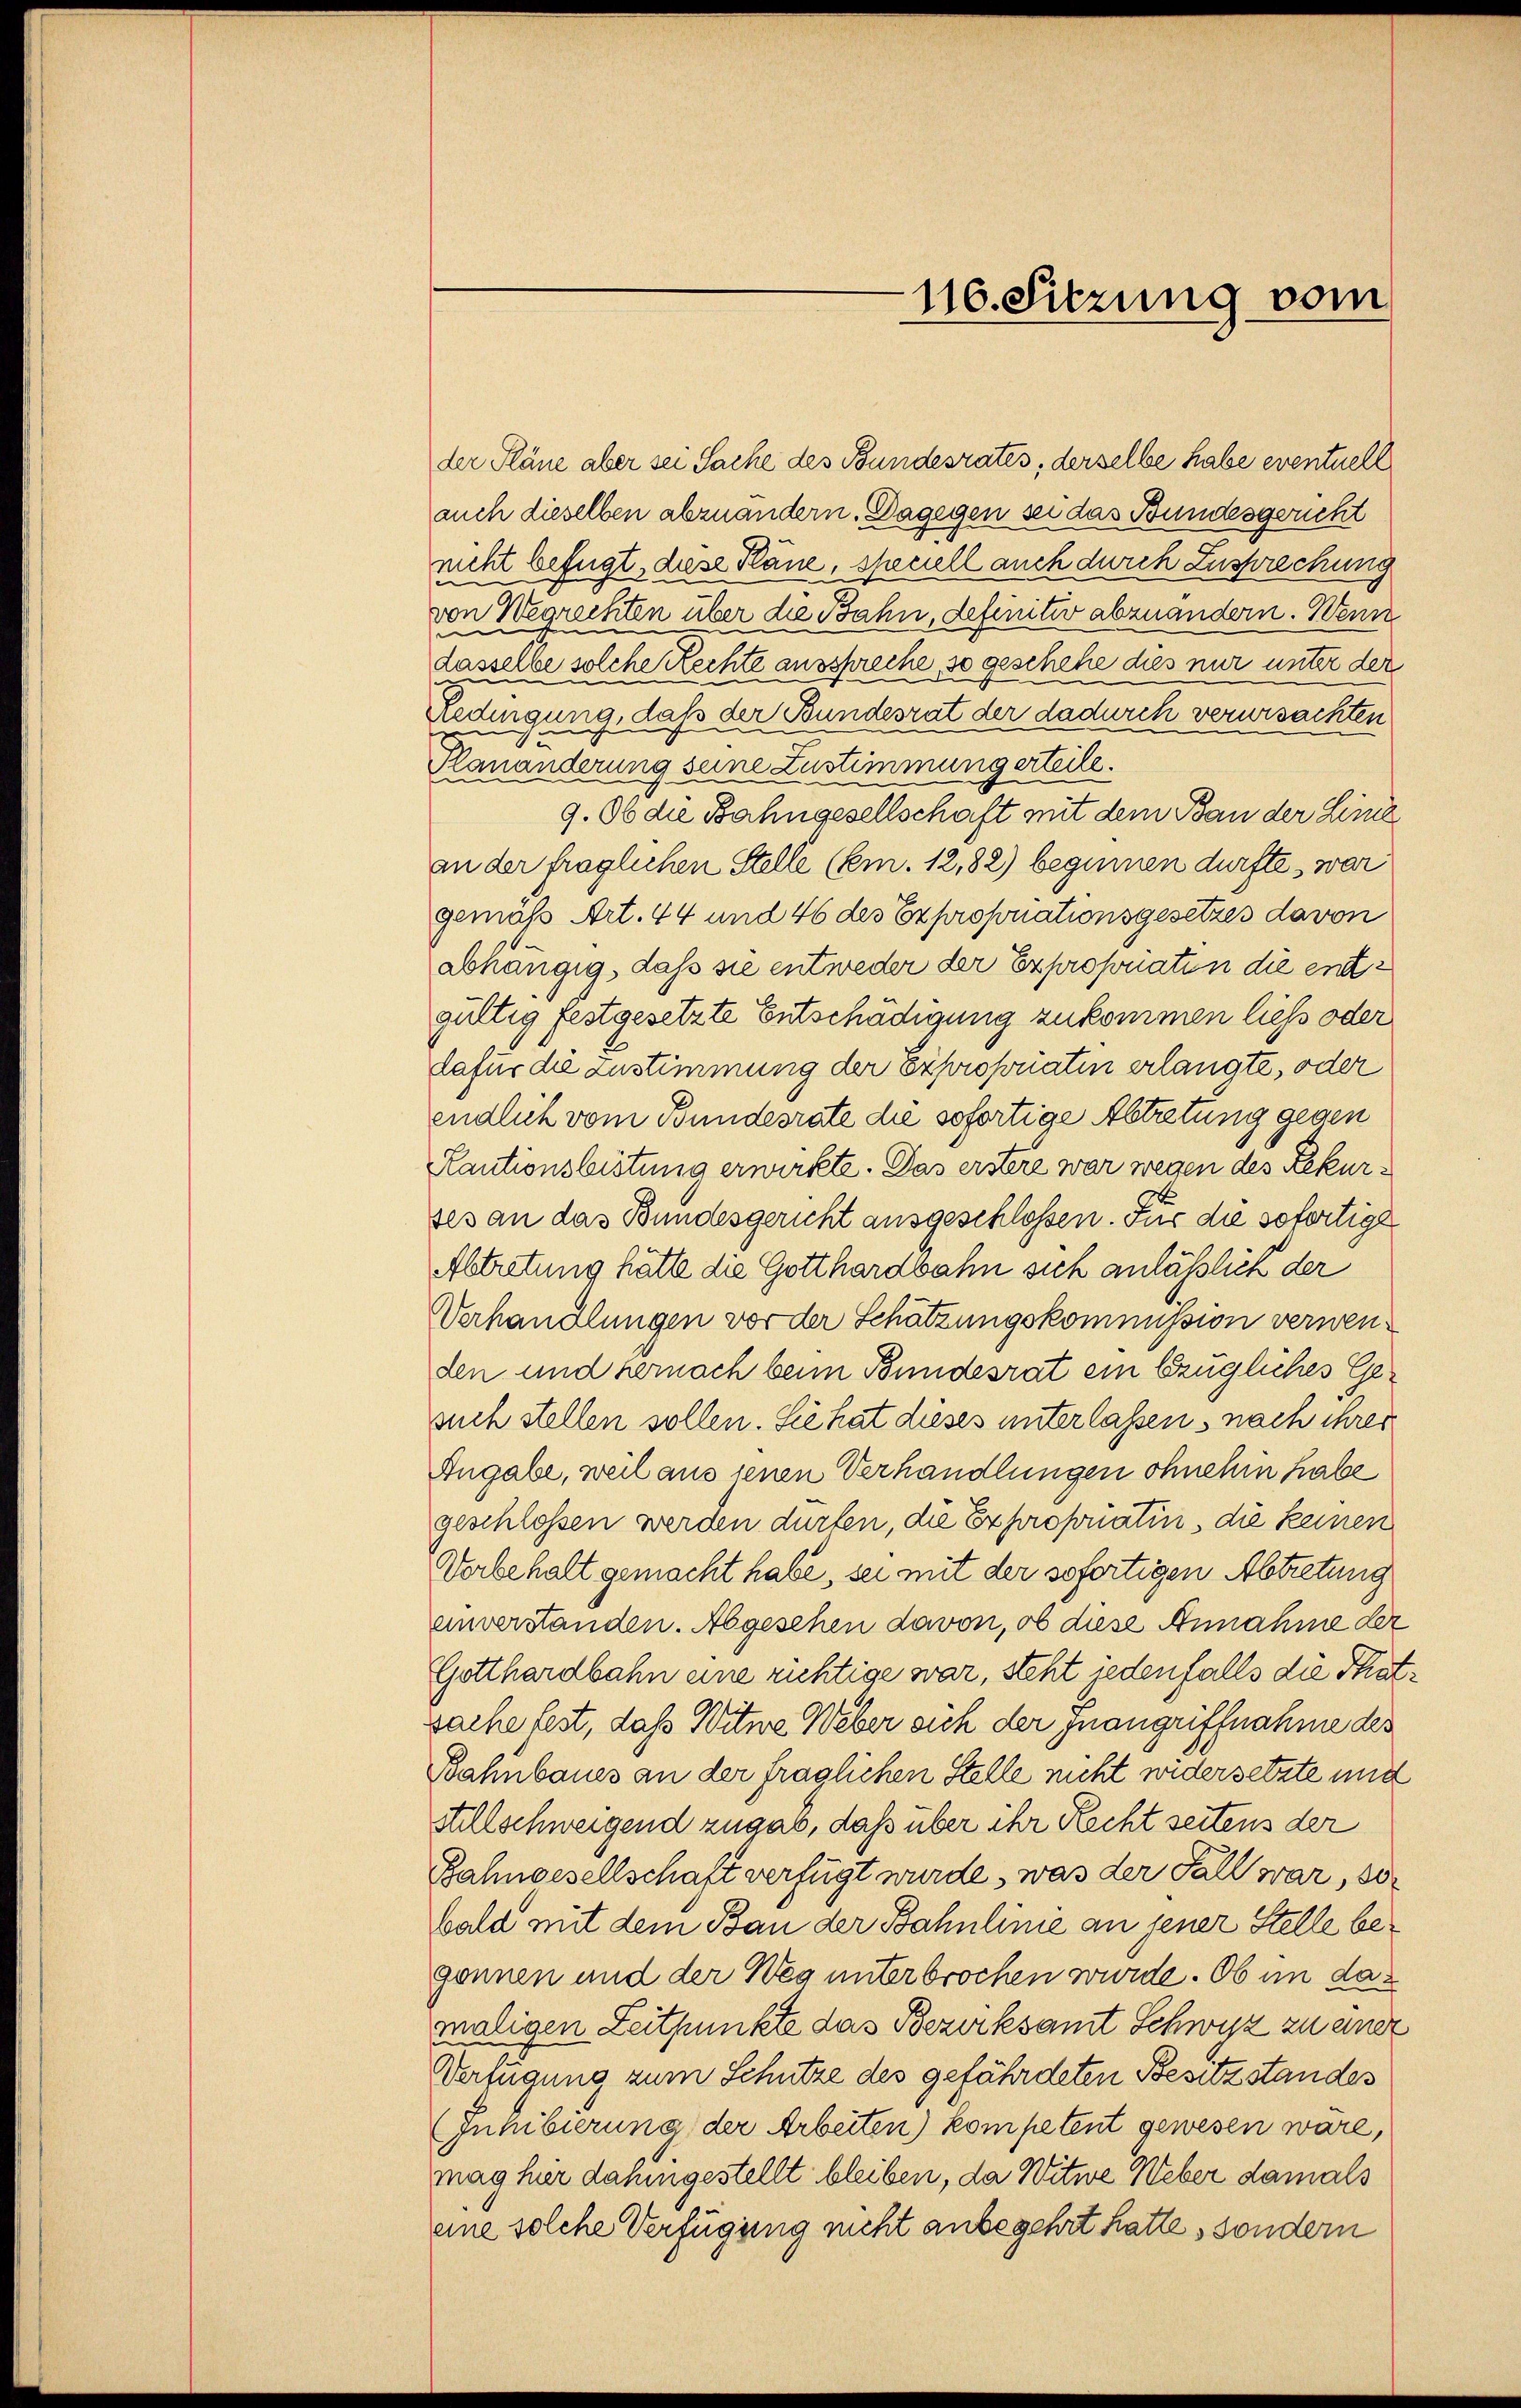
der Pläne aber sei Sache des Bundesrates, derselbe habe eventuell
auch dieselben abzuändern. Dagegen sei das Bundesgericht
nicht befugt, diese Pläne, speciell auch durch Zusprechung
von Wegrechten über die Bahn, definitiv abzuändern. Wenn
n
dasselbe solche Rechte ausspreche, so geschehe dies nur unter der
Redingung, daß der Bundesrat der dadurch verursachten
d
Planänderung seine Zustimmung erteile.
g. Ob die Bahngesellschaft mit dem Bau der Linie
an der fraglichen Stelle (Em. 12,82) beginnen dürfte, war
gemäß Art. 44 und 46 des Exproponationsgesetzes davon
abhängig, daß sie entweder der Expropriaten die entgültig festgesetzte Entschädigung zukommen liess oder
B
dafür die Zustimmung der Exproporaten erlangte, oder
endlich vom Bundesrate die sofortige Abtretung gegen
Kautionsbistung erwirkte. Das erstere war wegen des Rekurses an das Bundesgericht ausgeschlossen. Für die sofortige
Abtretung hätte die Gotthardbahn sich anläßlich der
Verhandlungen vor der Schätzungskommission verwenden und hernach beim Bundesrat ein Ezügliches Gesuch stellen sollen. Sie hat dieses unterlassen, nach ihrer
Angabe, weil aus jenen Verhandlungen ohnehin habe
geschlossen werden dürfen, die Exproporatin, die keinen
Vorbehalt gemacht habe, sei mit der sofortigen Abtretung
unverstanden. Abgesehen davon, ob diese Annahme der
Gotthardbahn eine richtige war, steht jedenfalls die Thatsache fest, daß Witwe Weber sich der Inangriffnahme des
Bahnbaues an der fraglichen Stelle nicht widersetzte und
Stillschweigend zugab, daß über ihr Recht seitens der
Bahngesellschaft verfügt wurde, was der Fall war, 30
bald mit dem Bau der Bahnlinie an jener Stelle begennen und der Weg unterbrochen wurde. Ob in das
maligen Zeitpunkte das Bezirksamt Schwyz zu einer
Verfügung zum Schutze des gefährdeten Besitzstandes
Inhibierung der Arbeiten) kompetent gewesen wäre,
mag hier dahingestellt bleiben, da Witwe Weber damals
eine solche Verfügung nicht anbegehrt hatte, sondern

116. Sitzung vom